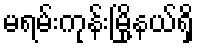
မရမ်းကုန်းမြို့နယ်ရှိ